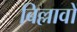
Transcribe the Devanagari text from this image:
बिल्लावों